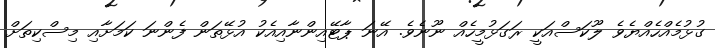
ގުޅުމެއްހެއްޔެވެ ލޫކަސްއަކީ ރަގަޅުމީހެއް ނޫނެވެ. އޭނަ ޕާޓޭއިންނާއިއެކު އުޅޭތަން ފެންނަ ކަމަށާއި މިސްކިތަށް